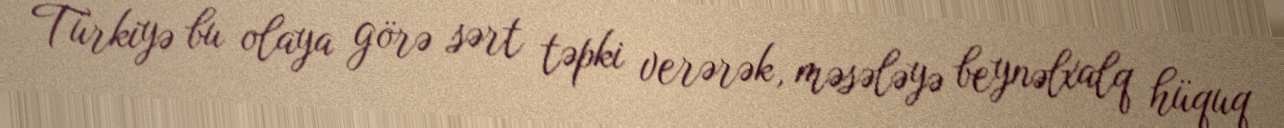
Türkiyə bu olaya görə sərt təpki verərək, məsələyə beynəlxalq hüquq